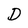
Character: D